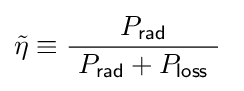
{\tilde {\eta }}\equiv {\frac {P_{\mathsf {rad}}}{\ P_{\mathsf {rad}}+P_{\mathsf {loss}}\ }}\